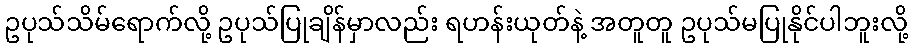
ဥပုသ်သိမ်ရောက်လို့ ဥပုသ်ပြုချိန်မှာလည်း ရဟန်းယုတ်နဲ့ အတူတူ ဥပုသ်မပြုနိုင်ပါဘူးလို့